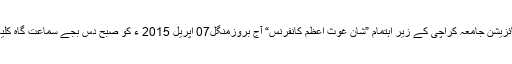
2015ء)سیر ت مصطفی سوشل ویلفیئر آرگنائزیشن جامعہ کراچی کے زیر اہتمام ”شانِ غوثِ اعظم کانفرنس“ آج بروزمنگل07 اپریل 2015 ء کو صبح دس بجے سماعت گاہ کلیہ سماجی علوم جامعہ کراچی میں منعقد ہوگی۔